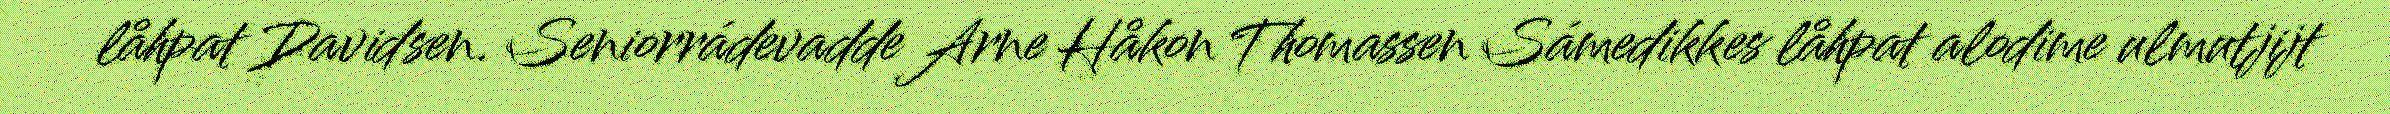
låhpat Davidsen. Seniorrádevadde Arne Håkon Thomassen Sámedikkes låhpat alodime ulmutjijt